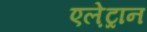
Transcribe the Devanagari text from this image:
एले़ट्रान